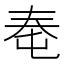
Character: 𰋠